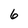
Character: 6